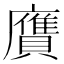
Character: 𧸛